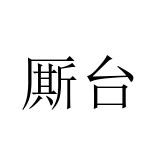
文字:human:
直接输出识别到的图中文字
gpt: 厮台